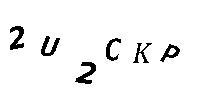
2U2CKP